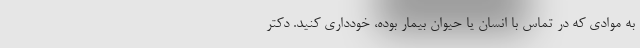
به موادی که در تماس با انسان یا حیوان بیمار بوده، خودداری کنید. دکتر